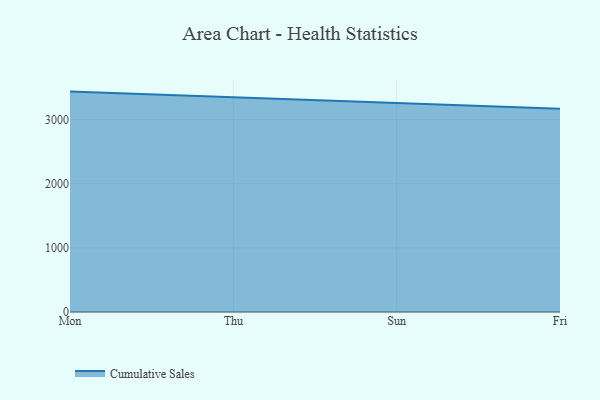
{"axis": {"x": "Day", "y": "LTV (USD)"}, "legend": ["Cumulative Sales"], "data": [{"x": "Mon", "y": 3435.0, "type": "Cumulative Sales"}, {"x": "Thu", "y": 3345.3, "type": "Cumulative Sales"}, {"x": "Sun", "y": 3266.2, "type": "Cumulative Sales"}, {"x": "Fri", "y": 3168.7, "type": "Cumulative Sales"}]}